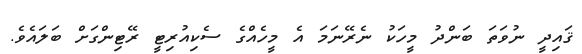
ޤައިދީ ނުވަތަ ބަންދު މީހަކު ނެރޭނަމަ އެ މީހެއްގެ ސެކިއުރިޓީ ރޭޓިންގަށް ބަލައެވެ.